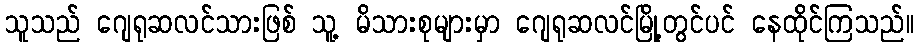
သူသည် ဂျေရုဆလင်သားဖြစ် သူ့ မိသားစုများမှာ ဂျေရုဆလင်မြို့တွင်ပင် နေထိုင်ကြသည်။